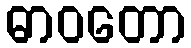
ဓာဝတော